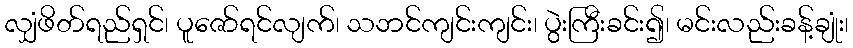
လျှံဖိတ်ရည်ရှင်၊ ပူဇော်ရင်လျက်၊ သဘင်ကျင်းကျင်း၊ ပွဲးကြီးခင်း၍၊ မင်းလည်းခန့်ချုံး၊